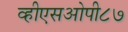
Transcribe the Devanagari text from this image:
व्हीएसओपी८७